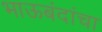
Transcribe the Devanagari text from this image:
भाऊबंदांचा